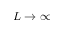
L \rightarrow \infty